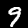
Label: 9